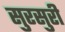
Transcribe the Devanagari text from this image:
सुरसुरी